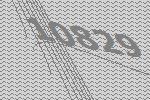
10829